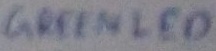
Text: GREENLED